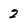
Character: 2